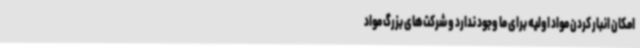
امکان انبار کردن مواد اولیه برای ما وجود ندارد و شرکت‌های بزرگ مواد